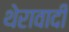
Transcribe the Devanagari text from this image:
थेरावादी